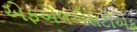
એફએલએસટીએફ